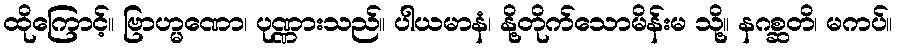
ထိုကြောင့်။ ဗြာဟ္မဏော၊ ပုဏ္ဏားသည်။ ပါယမာနံ၊ နို့တိုက်သောမိန်းမ သို့။ နဂစ္ဆတိ၊ မကပ်။